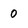
Character: 0